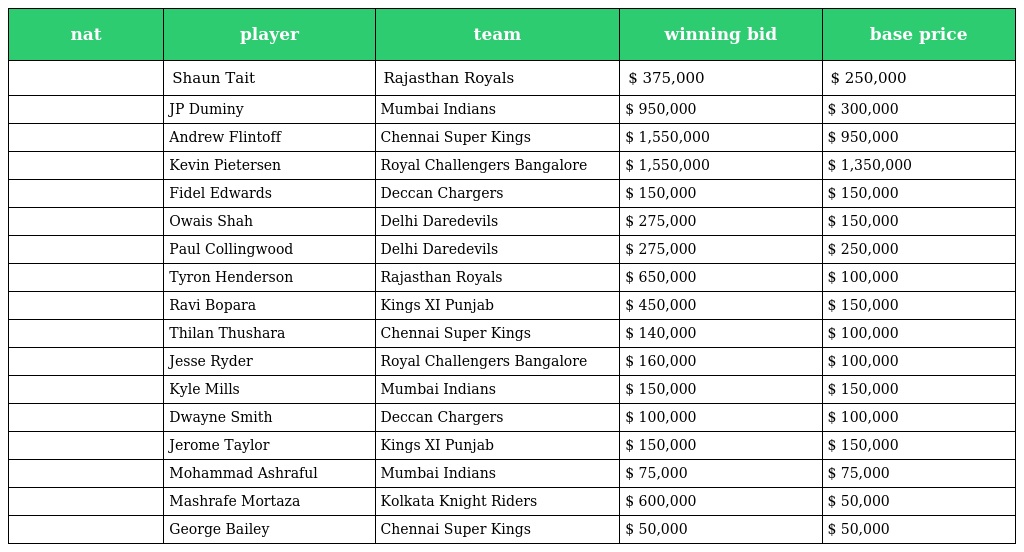
| nat | player | team | winning bid | base price |
 | --- | --- | --- | --- | --- |
 |  | Shaun Tait | Rajasthan Royals | $ 375,000 | $ 250,000 |
 |  | JP Duminy | Mumbai Indians | $ 950,000 | $ 300,000 |
 |  | Andrew Flintoff | Chennai Super Kings | $ 1,550,000 | $ 950,000 |
 |  | Kevin Pietersen | Royal Challengers Bangalore | $ 1,550,000 | $ 1,350,000 |
 |  | Fidel Edwards | Deccan Chargers | $ 150,000 | $ 150,000 |
 |  | Owais Shah | Delhi Daredevils | $ 275,000 | $ 150,000 |
 |  | Paul Collingwood | Delhi Daredevils | $ 275,000 | $ 250,000 |
 |  | Tyron Henderson | Rajasthan Royals | $ 650,000 | $ 100,000 |
 |  | Ravi Bopara | Kings XI Punjab | $ 450,000 | $ 150,000 |
 |  | Thilan Thushara | Chennai Super Kings | $ 140,000 | $ 100,000 |
 |  | Jesse Ryder | Royal Challengers Bangalore | $ 160,000 | $ 100,000 |
 |  | Kyle Mills | Mumbai Indians | $ 150,000 | $ 150,000 |
 |  | Dwayne Smith | Deccan Chargers | $ 100,000 | $ 100,000 |
 |  | Jerome Taylor | Kings XI Punjab | $ 150,000 | $ 150,000 |
 |  | Mohammad Ashraful | Mumbai Indians | $ 75,000 | $ 75,000 |
 |  | Mashrafe Mortaza | Kolkata Knight Riders | $ 600,000 | $ 50,000 |
 |  | George Bailey | Chennai Super Kings | $ 50,000 | $ 50,000 |